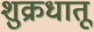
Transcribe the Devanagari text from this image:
शुक्रधातू